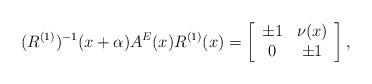
LaTeX: \begin{align*}(R^{(1)})^{-1}(x+\alpha)A^{E}(x)R^{(1)}(x) =\left[\begin{array}{cc}\pm1&\nu(x)\\0&\pm1\end{array}\right],\end{align*}